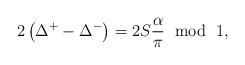
LaTeX: \begin{align*}2\left( \Delta ^{+}-\Delta ^{-}\right) =2S\frac{\alpha }{\pi }\, \, \bmod \, \, 1,\end{align*}